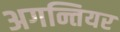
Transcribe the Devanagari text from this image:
अगन्तियर